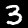
Label: 3